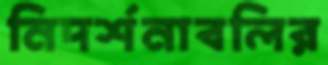
নিদর্শনাবলির